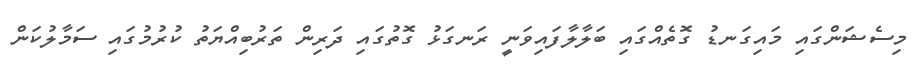
މިސެޝަންގައި މައިގަނޑު ގޮތެއްގައި ބަލާލާފައިވަނީ ރަނގަޅު ގޮތުގައި ދަރިން ތަރުބިއްޔަތު ކުރުމުގައި ސަމާލުކަން